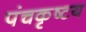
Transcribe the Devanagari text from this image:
पंचकृष्टय